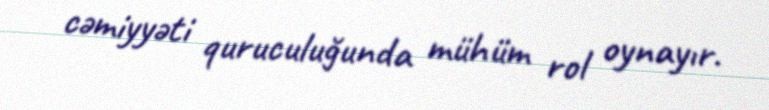
cəmiyyəti quruculuğunda mühüm rol oynayır.